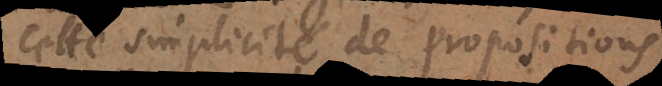
cette simplicité de propositions